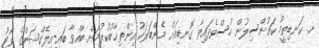
ށ. ކަނޑިތީމު ކައުންސިލުން ހުސްވެފައިވާ ގޮނޑިއަށް މެންބަރަކު އިންތިޚާބުކުރުމަށް ބާއްވާ ބައި-އިލެކްޝަންގެ ވޯޓު